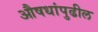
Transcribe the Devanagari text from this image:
औषधांपुढील